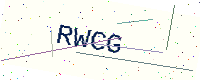
Text: RWCG